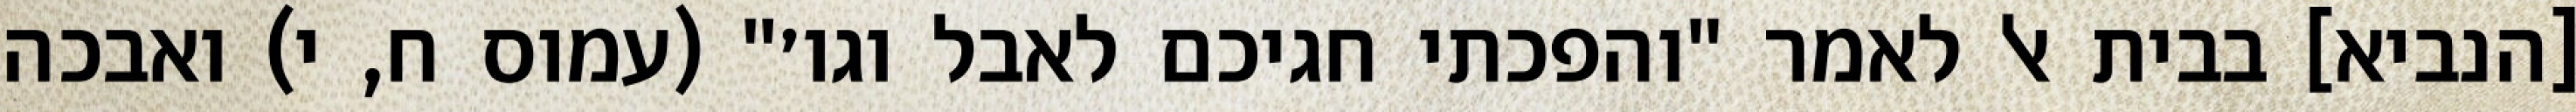
[הנביא] בבית אל לאמר "והפכתי חגיכם לאבל וגו׳" (עמוס ח, י) ואבכה